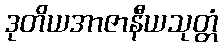
ဒုတိယအာဇာနီယသုတ္တံ